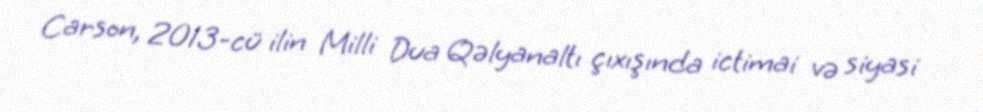
Carson, 2013-cü ilin Milli Dua Qəlyanaltı çıxışında ictimai və siyasi